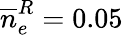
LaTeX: \overline{n}_{e}^{R}=0.05